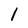
Character: l